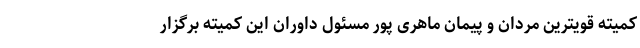
کمیته قویترین مردان و پیمان ماهری پور مسئول داوران این کمیته برگزار